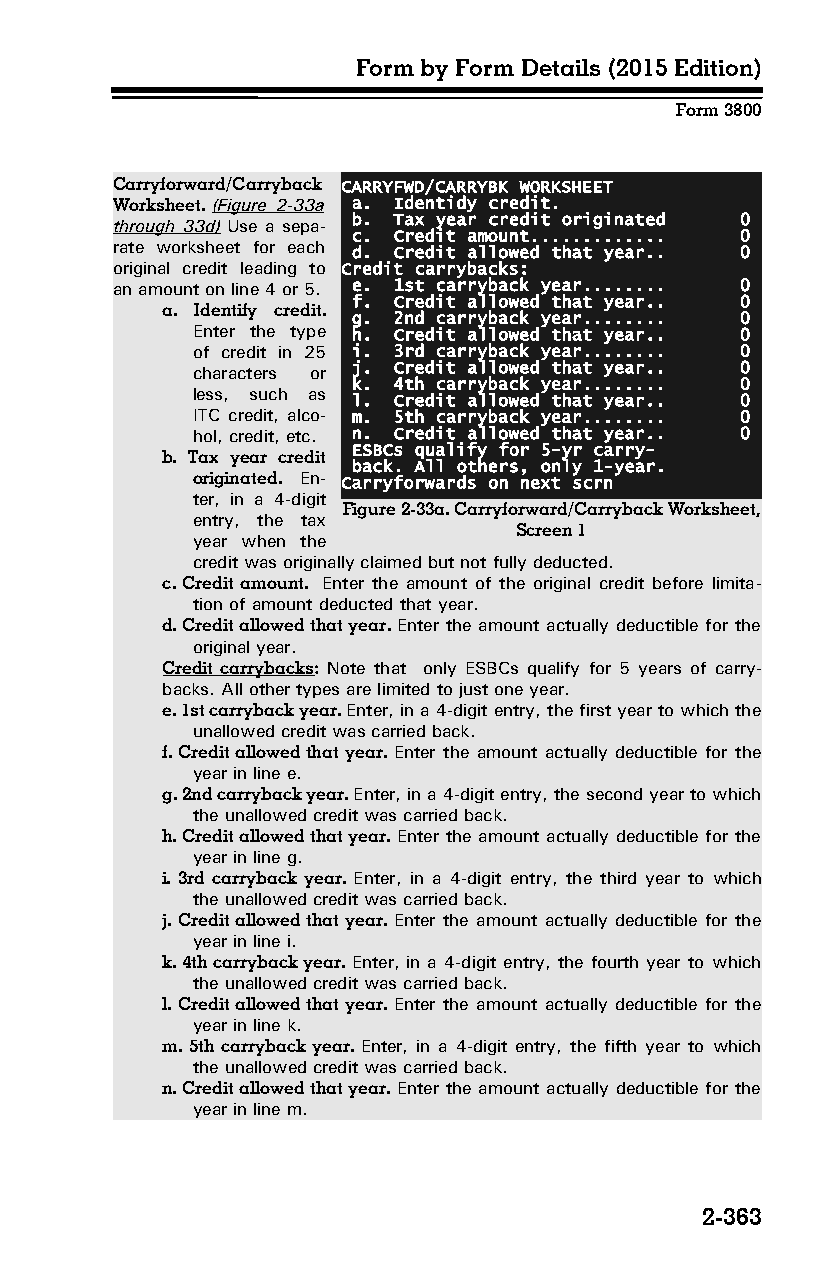
Form by Form Details (2015 Edition)
 Form 3800
 Carryforward/Carryback CARRYFWD/CARRYBK WORKSHEET
 Worksheet. (Figure 2-33a a. Identidy credit.
 through 33d) Use a sepa­ b. Tax year credit originated 0
 c. Credit amount............. 0
 rate worksheet for each d. Credit allowed that year.. 0
 original credit leading to Credit carrybacks:
 an amount on line 4 or 5. e. 1st carryback year........ 0
 f. Credit allowed that year.. 0
 a. Identify credit.
 g. 2nd carryback year........ 0
 Enter the type h. Credit allowed that year.. 0
 of credit in 25 i. 3rd carryback year........ 0
 characters or j. Credit allowed that year.. 0
 k. 4th carryback year........ 0
 less, such as
 l. Credit allowed that year.. 0
 ITC credit, alco­ m. 5th carryback year........ 0
 hol, credit, etc. n. Credit allowed that year.. 0
 ESBCs qualify for 5-yr carry-
 b. Tax year credit
 back. All others, only 1-year.
 originated. En­ Carryforwards on next scrn
 ter, in a 4-digit
 Figure 2-33a. Carryforward/Carryback Worksheet,
 entry, the tax
 Screen 1
 year when the
 credit was originally claimed but not fully deducted.
 c. Credit amount. Enter the amount of the original credit before limita­
 tion of amount deducted that year.
 d. Credit allowed that year. Enter the amount actually deductible for the
 original year.
 Credit carrybacks: Note that only ESBCs qualify for 5 years of carry­
 backs. All other types are limited to just one year.
 e. 1st carryback year. Enter, in a 4-digit entry, the first year to which the
 unallowed credit was carried back.
 f. Credit allowed that year. Enter the amount actually deductible for the
 year in line e.
 g. 2nd carryback year. Enter, in a 4-digit entry, the second year to which
 the unallowed credit was carried back.
 h. Credit allowed that year. Enter the amount actually deductible for the
 year in line g.
 i. 3rd carryback year. Enter, in a 4-digit entry, the third year to which
 the unallowed credit was carried back.
 j. Credit allowed that year. Enter the amount actually deductible for the
 year in line i.
 k. 4th carryback year. Enter, in a 4-digit entry, the fourth year to which
 the unallowed credit was carried back.
 l. Credit allowed that year. Enter the amount actually deductible for the
 year in line k.
 m. 5th carryback year. Enter, in a 4-digit entry, the fifth year to which
 the unallowed credit was carried back.
 n. Credit allowed that year. Enter the amount actually deductible for the
 year in line m.
 2-363